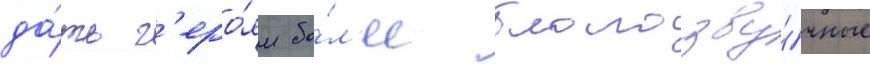
да́ть г'еро́ям бо́л'ее благозву́чные